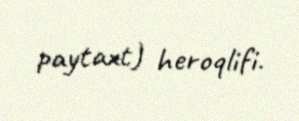
paytaxt) heroqlifi.